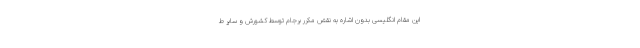
این مقام انگلیسی بدون اشاره به نقض مکرر برجام توسط کشورش و سایر ط